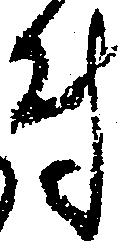
付